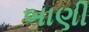
બાણી